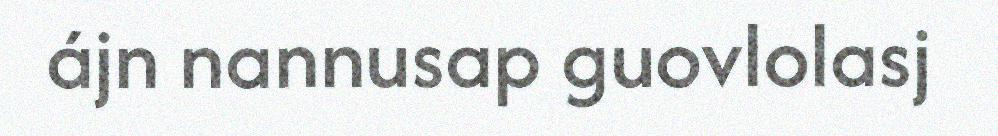
ájn nannusap guovlolasj